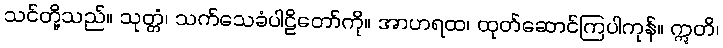
သင်တို့သည်။ သုတ္တံ၊ သက်သေခံပါဠိတော်ကို။ အာဟရထ၊ ထုတ်ဆောင်ကြပါကုန်။ ဣတိ၊